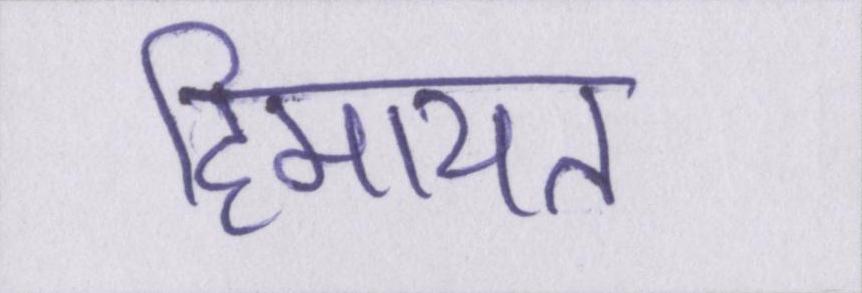
हिमायत